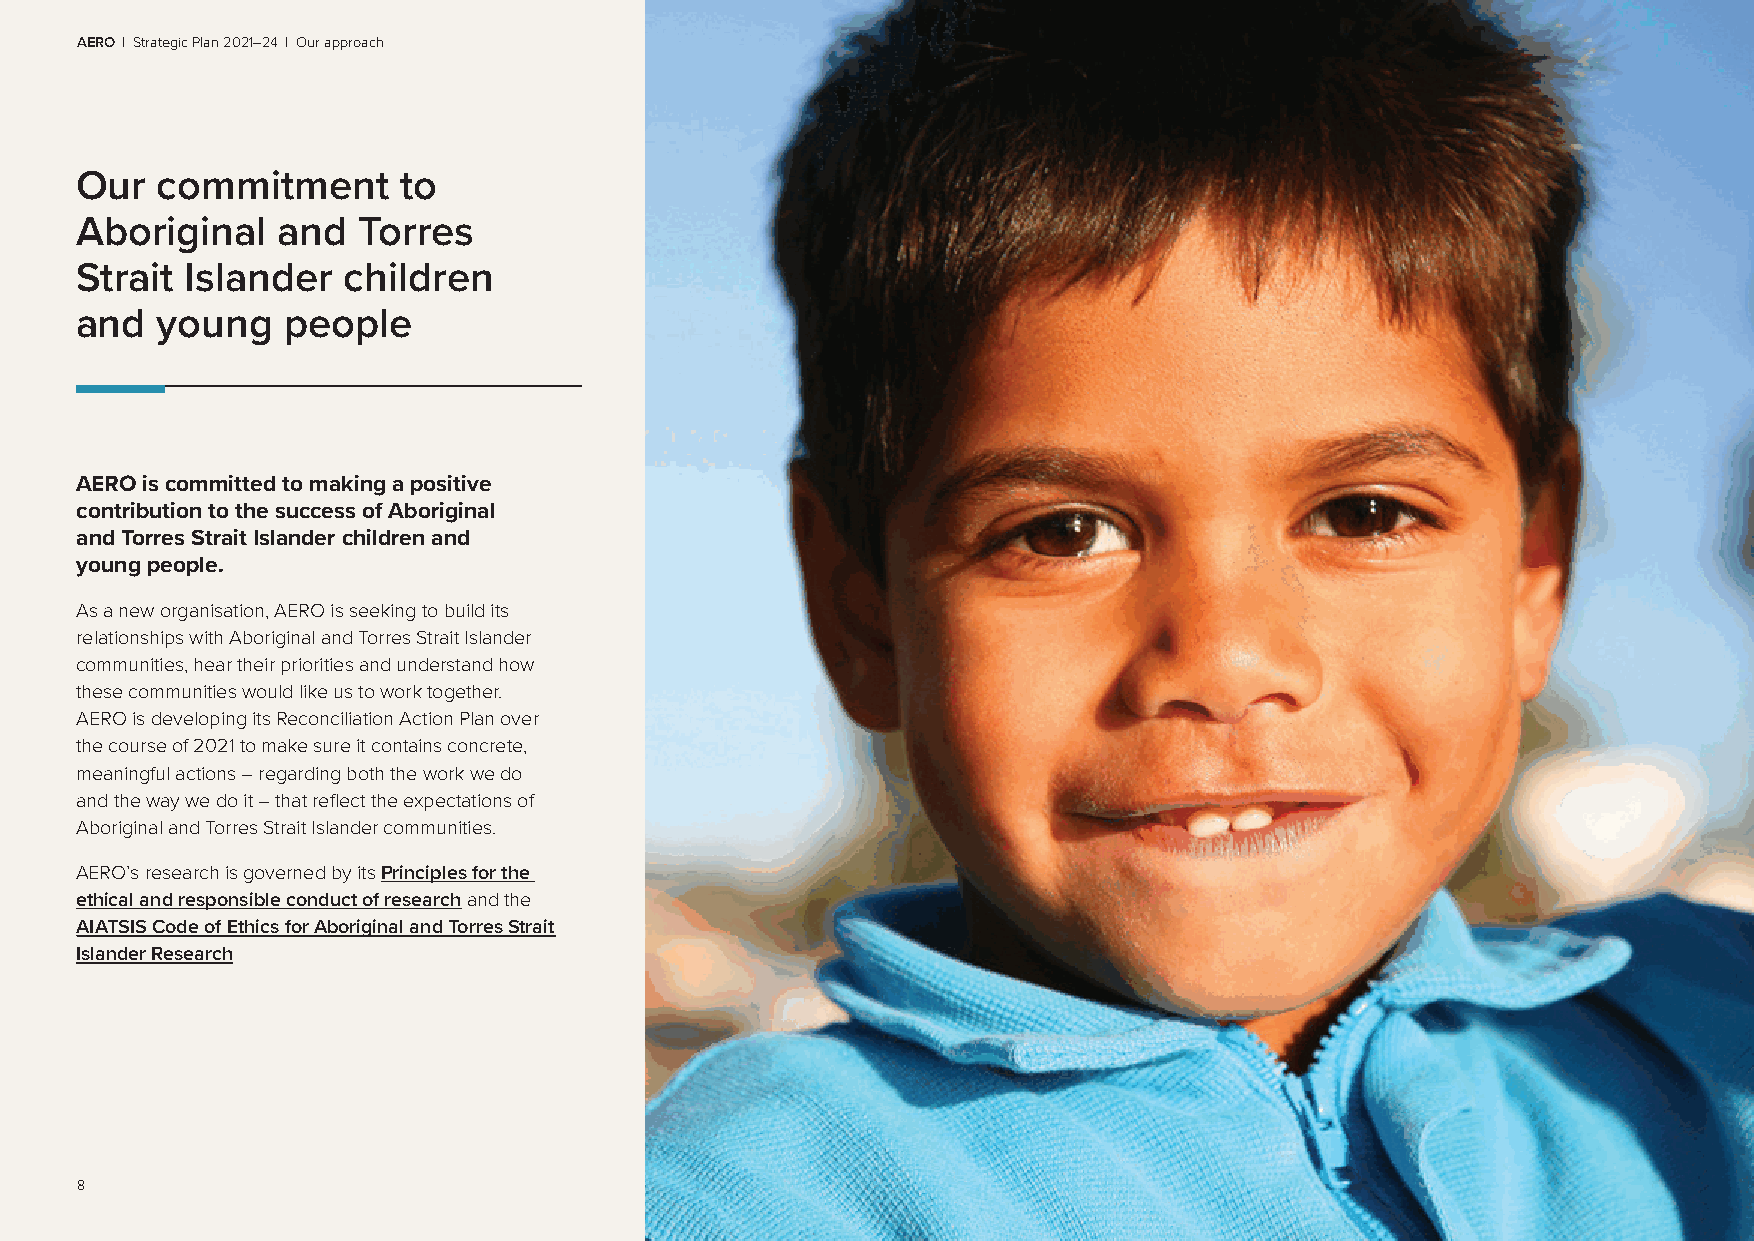
AERO | Strategic Plan 2021–24 | Our approach
 Our  commitment      to
 Aboriginal   and   Torres
 Strait Islander   children
 and  young    people
 AERO is committed to making a positive
 contribution to the success of Aboriginal
 and Torres Strait Islander children and
 young people.
 As a new organisation, AERO is seeking to build its
 relationships with Aboriginal and Torres Strait Islander
 communities, hear their priorities and understand how
 these communities would like us to work together.
 AERO is developing its Reconciliation Action Plan over
 the course of 2021 to make sure it contains concrete,
 meaningful actions – regarding both the work we do
 and the way we do it – that reflect the expectations of
 Aboriginal and Torres Strait Islander communities.
 AERO’s research is governed by its Principles for the
 ethical and responsible conduct of research and the
 AIATSIS Code of Ethics for Aboriginal and Torres Strait
 Islander Research
 8